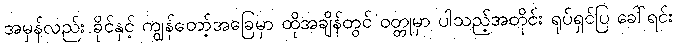
အမှန်လည်း ခိုင်နှင့် ကျွန်တော့်အခြေမှာ ထိုအချိန်တွင် ဝတ္တုမှာ ပါသည့်အတိုင်း ရုပ်ရှင်ပြ ခေါ်ရင်း